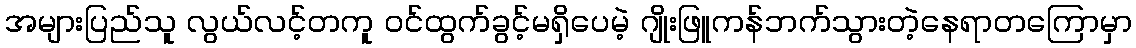
အများပြည်သူ လွယ်လင့်တကူ ဝင်ထွက်ခွင့်မရှိပေမဲ့ ဂျိုးဖြူကန်ဘက်သွားတဲ့နေရာတကြောမှာ